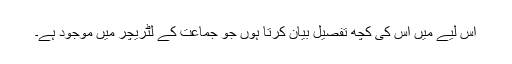
اس لیے مَیں اس کی کچھ تفصیل بیان کرتا ہوں جو جماعت کے لٹریچر میں موجود ہے۔